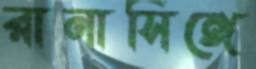
রানাসিঙ্গে